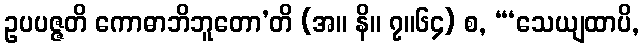
ဥပပဇ္ဇတိ ကောဓာဘိဘူတော’တိ (အ။ နိ။ ၇။၆၄) စ, “‘သေယျထာပိ,